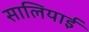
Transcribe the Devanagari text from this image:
सालियाई